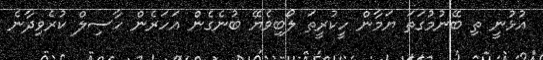
އުޅުނީ ތި ބޭނުމުގަތަ ޔަމާން ހީކުރީތަ ލޯބިވެޔޭ ބުނެގެން އަހަރެން ހާސިލް ކުރެވިދާނެ